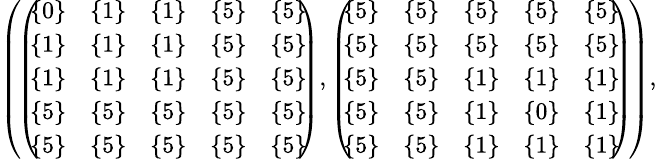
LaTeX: \begin{array}{r}{\small{\left(\! \left(\! \! \begin{array}{ccccc}{\{ 0\} }&{\{ 1\} }&{\{ 1\} }&{\{ 5\} }&{\{ 5\} }\\ {\{ 1\} }&{\{ 1\} }&{\{ 1\} }&{\{ 5\} }&{\{ 5\} }\\ {\{ 1\} }&{\{ 1\} }&{\{ 1\} }&{\{ 5\} }&{\{ 5\} }\\ {\{ 5\} }&{\{ 5\} }&{\{ 5\} }&{\{ 5\} }&{\{ 5\} }\\ {\{ 5\} }&{\{ 5\} }&{\{ 5\} }&{\{ 5\} }&{\{ 5\} }\end{array}\! \! \right),\left(\! \! \begin{array}{ccccc}{\{ 5\} }&{\{ 5\} }&{\{ 5\} }&{\{ 5\} }&{\{ 5\} }\\ {\{ 5\} }&{\{ 5\} }&{\{ 5\} }&{\{ 5\} }&{\{ 5\} }\\ {\{ 5\} }&{\{ 5\} }&{\{ 1\} }&{\{ 1\} }&{\{ 1\} }\\ {\{ 5\} }&{\{ 5\} }&{\{ 1\} }&{\{ 0\} }&{\{ 1\} }\\ {\{ 5\} }&{\{ 5\} }&{\{ 1\} }&{\{ 1\} }&{\{ 1\} }\end{array}\! \! \right)\! \right),}}\end{array}